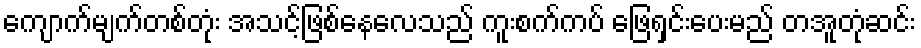
ကျောက်မျက်တစ်တုံး အသင့်ဖြစ်နေလေသည် ကူးစက်ကပ် ဖြေရှင်းပေးမည် တအူတုံဆင်း